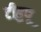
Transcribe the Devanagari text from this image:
टीहुपू